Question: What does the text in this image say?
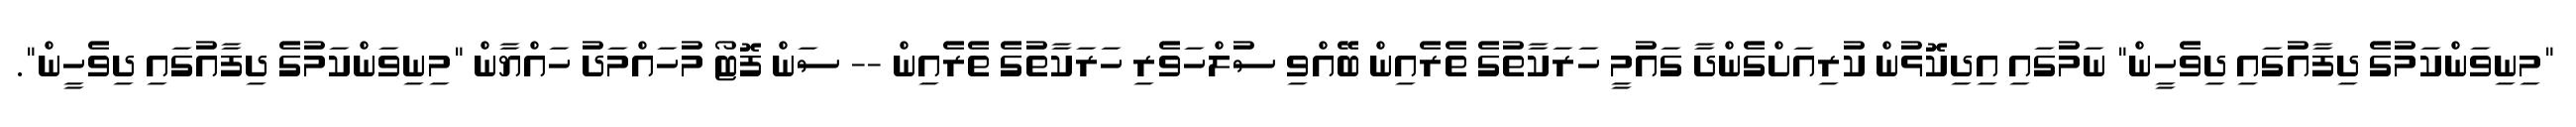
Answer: "މިނިވަންކަމުގެ ދިފާއުގައި ދިވެހީން" ނަމުގައި އިދިކޮޅުން ކުރިއަށްގެންދާ ގައުމީ ހަރަކާތުގެ ތެރެއިން ބޭއްވި ސުލްހަވެރި ހަރަކާތުގެ ތެރެއިން -- ސަން ފޮޓޯ މުހައްމަދު ހައްޔާން "މިނިވަންކަމުގެ ދިފާއުގައި ދިވެހީން".